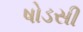
ષોડસી